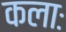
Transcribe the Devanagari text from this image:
कलाः